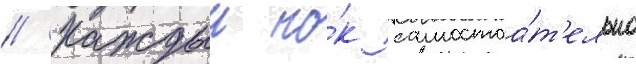
// Каждыи но́к самостоа́т'ельно